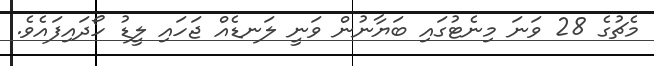
މެޗުގެ 28 ވަނަ މިނެޓުގައި ބަޔާނުން ވަނީ ލަނޑެއް ޖަހައި ލީޑު ހޯދައިފައެވެ.